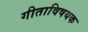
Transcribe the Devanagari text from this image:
गीताविषयक